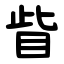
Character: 眥